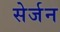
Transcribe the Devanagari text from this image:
सेर्जन